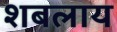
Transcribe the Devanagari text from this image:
शबलाय